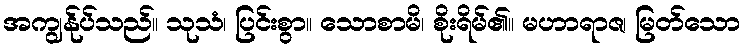
အကျွန်ုပ်သည်။ သုသံ၊ ပြင်းစွာ။ သောစာမိ၊ စိုးရိမ်၏။ မဟာရာဇ၊ မြတ်သော